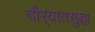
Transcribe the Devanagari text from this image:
दौर्‍यातसुद्धा